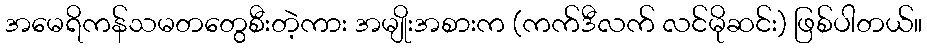
အမေရိကန်သမတတွေစီးတဲ့ကား အမျိုးအစားက (ကက်ဒီလက် လင်မိုဆင်း) ဖြစ်ပါတယ်။